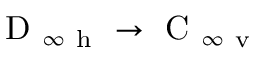
\mathrm { ~ D ~ } _ { \infty \mathrm { ~ h ~ } } \to \mathrm { ~ C ~ } _ { \infty \mathrm { ~ v ~ } }